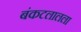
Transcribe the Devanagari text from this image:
बंकटलालला